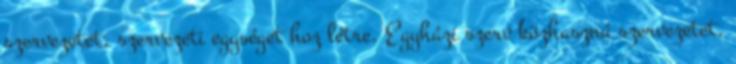
szervezetet, szervezeti egységet hoz létre. Egyházi szerv közhasznú szervezetet,